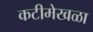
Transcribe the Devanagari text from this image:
कटीमेखळा